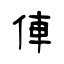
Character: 俥